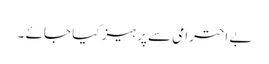
بے احترامی سے پرہیز کیا جائے ۔